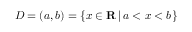
D = ( a , b ) = \{ x \in \mathbf { R } \, | \, a < x < b \} \quad